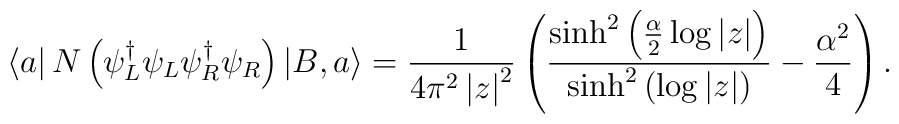
\left\langle a\right| N\left( \psi _{L}^{\dagger }\psi _{L}\psi_{R}^{\dagger }\psi _{R}\right) \left| B,a\right\rangle =\frac{1}{4\pi^{2}\left| z\right| ^{2}}\left( \frac{\sinh ^{2}\left( \frac{\alpha }{2}\log\left| z\right| \right) }{\sinh ^{2}\left( \log \left| z\right| \right) }- \frac{\alpha ^{2}}{4}\right) .